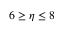
6 \geq \eta \leq 8